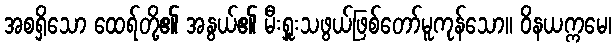
အစရှိသော ထေရ်တို့၏ အနွယ်၏ မီးရှူးသဖွယ်ဖြစ်တော်မူကုန်သော။ ဝိနယက္ကမေ၊